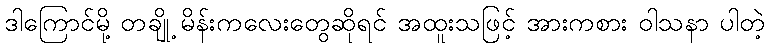
ဒါကြောင်မို့ တချို့ မိန်းကလေးတွေဆိုရင် အထူးသဖြင့် အားကစား ဝါသနာ ပါတဲ့